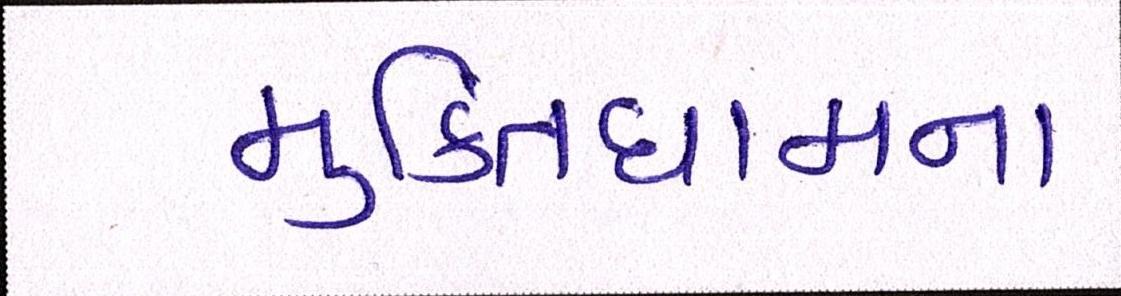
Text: મુકિતધામના